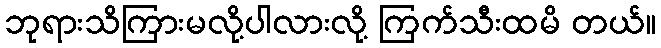
ဘုရားသိကြားမလို့ပါလားလို့ ကြက်သီးထမိ တယ်။